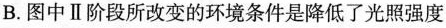
B.图中Ⅱ阶段所改变的环境条件是降低了光照强度